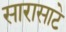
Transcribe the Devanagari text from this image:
सारासाटे